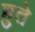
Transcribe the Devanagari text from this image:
हुते